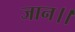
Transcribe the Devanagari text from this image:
जान।।